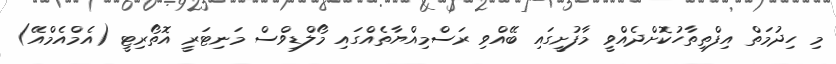
މި ހިދުމަތް އިފްތިތާހުކޮށްދެއްވީ މާފުށީގައި ބޭއްވި ރަސްމިއްޔާތެއްގައި މޯލްޑިވްސް މަނިޓަރީ އޮތޯރިޓީ (އެމްއެމްއޭ)